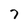
Character: 7